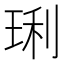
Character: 琍